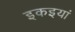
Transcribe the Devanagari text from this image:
इकइयां